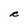
Character: R